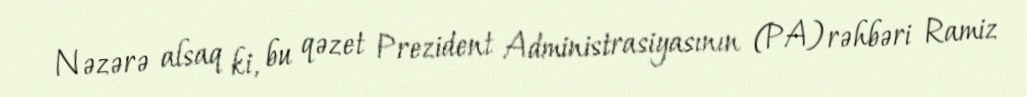
Nəzərə alsaq ki, bu qəzet Prezident Administrasiyasının (PA) rəhbəri Ramiz